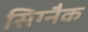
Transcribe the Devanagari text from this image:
सिग्‍नैक